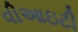
વીઆઇટી